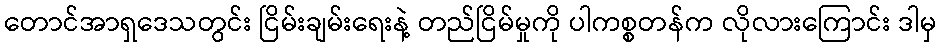
တောင်အာရှဒေသတွင်း ငြိမ်းချမ်းရေးနဲ့ တည်ငြိမ်မှုကို ပါကစ္စတန်က လိုလားကြောင်း ဒါမှ